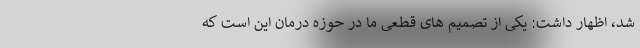
شد، اظهار داشت: یکی از تصمیم های قطعی ما در حوزه درمان این است که